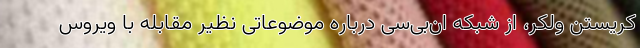
کریستن ولکر، از شبکه ان‌بی‌سی درباره موضوعاتی نظیر مقابله با ویروس